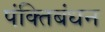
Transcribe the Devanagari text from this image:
पंक्तिबंधन